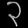
Digit: ၃